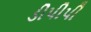
ડીપીપી